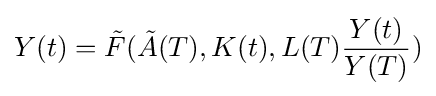
Y(t)={\tilde {F}}({\tilde {A}}(T),K(t),L(T){\frac {Y(t)}{Y(T)}})